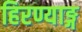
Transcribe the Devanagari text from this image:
हिरण्याङ्ग